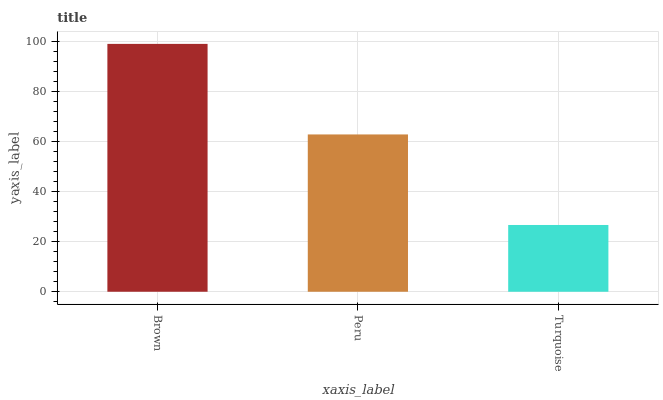
| xaxis_label | bars |
 | --- | --- |
 | Brown | 99 |
 | Peru | 62.8 |
 | Turquoise | 26.7 |